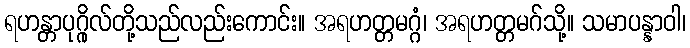
ရဟန္တာပုဂ္ဂိုလ်တို့သည်လည်းကောင်း။ အရဟတ္တမဂ္ဂံ၊ အရဟတ္တမဂ်သို့။ သမာပန္နာဝါ၊